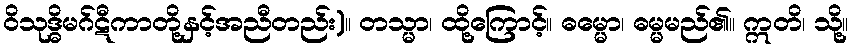
ဝိသုဒ္ဓိမဂ်ဋီကာတို့နှင့်အညီတည်း)။ တသ္မာ၊ ထို့ကြောင့်။ ဓမ္မော၊ ဓမ္မမည်၏။ ဣတိ၊ သို့။